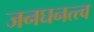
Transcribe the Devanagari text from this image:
जनघनत्त्व